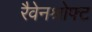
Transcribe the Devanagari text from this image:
रैवेनश्रोफ्ट